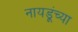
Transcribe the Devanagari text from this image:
नायडूंच्या